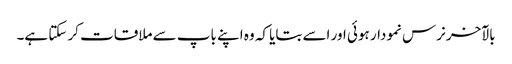
بالآخر نرس نمودار ہوئی اور اسے بتایا کہ وہ اپنے باپ سے ملاقات کر سکتا ہے۔